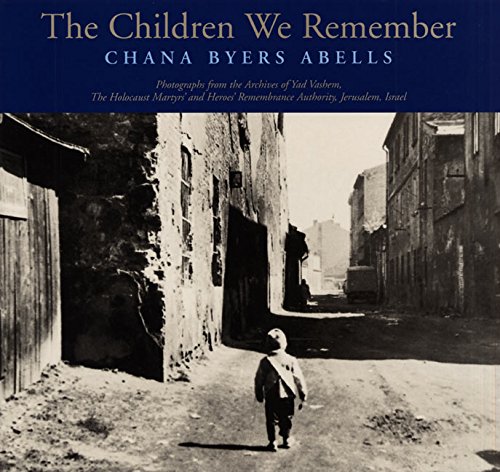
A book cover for The Children We Remember; Chana Byers Abells; Children's Books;